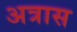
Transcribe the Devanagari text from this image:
अत्रास